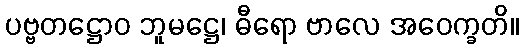
ပဗ္ဗတဋ္ဌောဝ ဘူမဋ္ဌေ၊ ဓီရော ဗာလေ အဝေက္ခတိ။